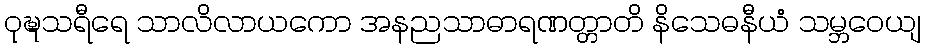
ဝုဍ္ဎသရီရေ သာလိလာယကော အနညသာဓာရဏတ္တာတိ နိသေဓနီယံ သမ္ဘဝေယျ